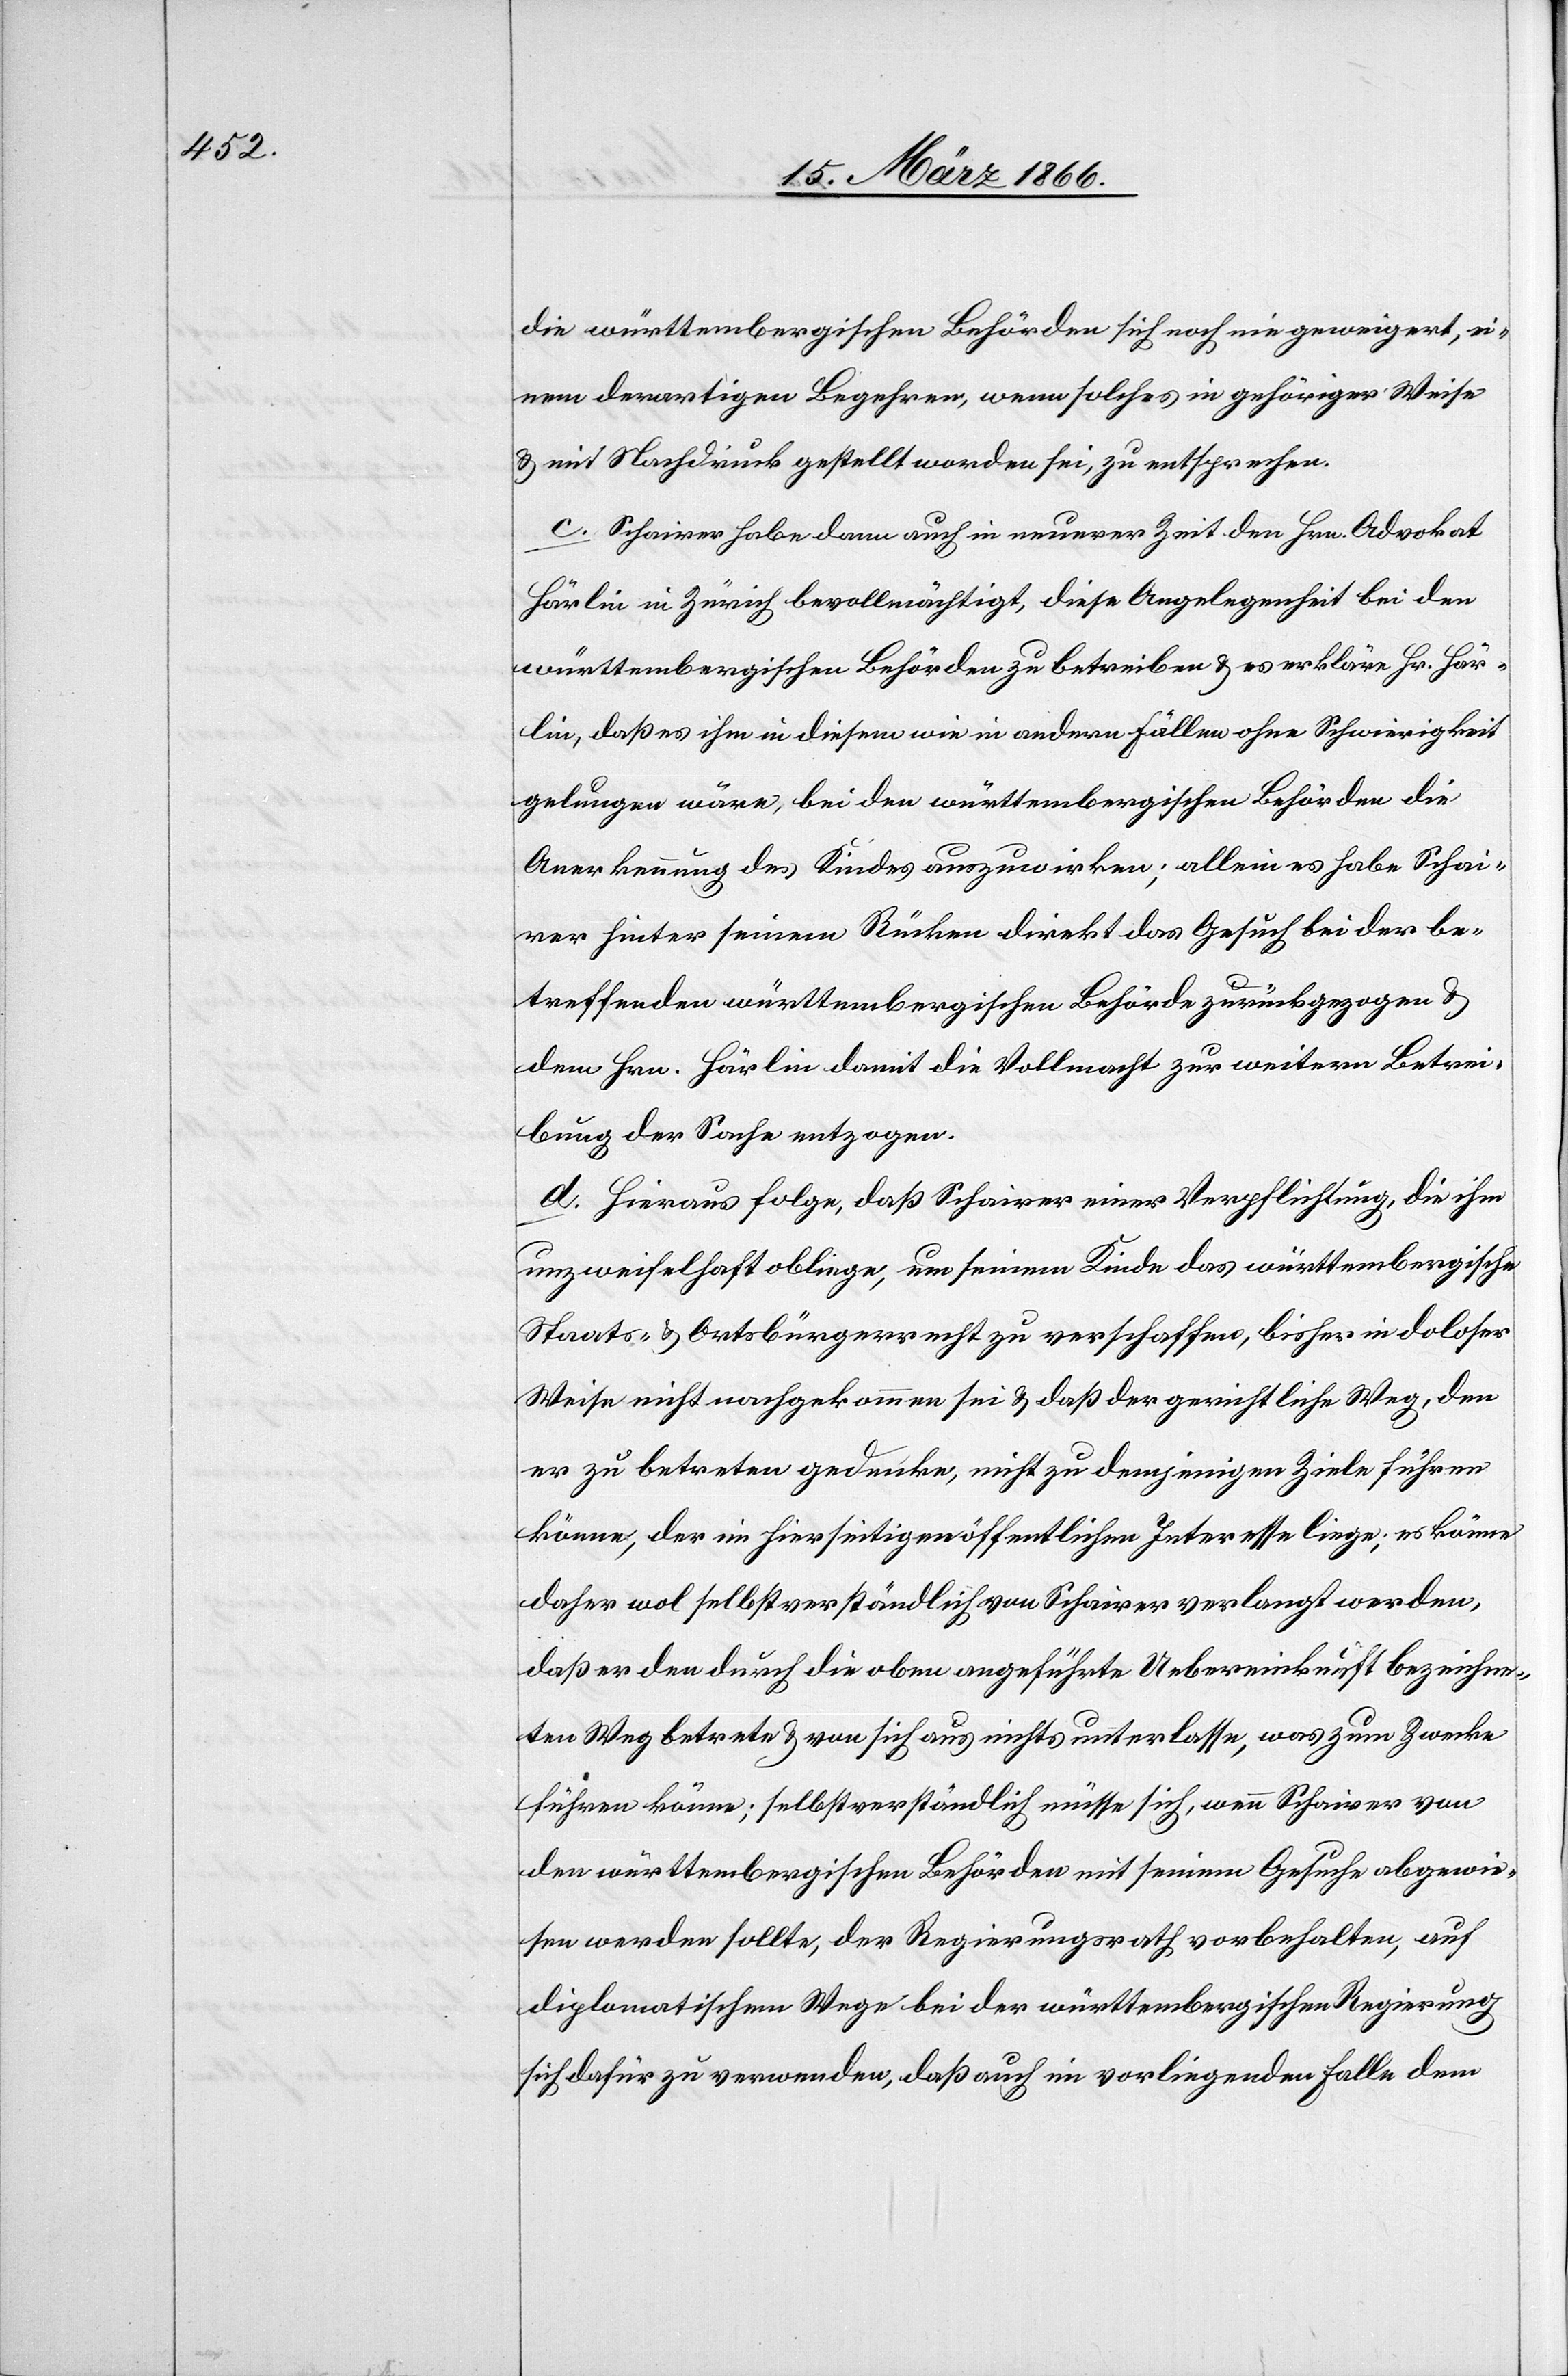
die württembergischen Behörden sich noch nie geweigert, ei¬
nem derartigen Begehren, wenn solches in gehöriger Weise
u. mit Nachdruck gestellt worden sei, zu entsprechen.
c. Schairer habe denn auch in neuerer Zeit den Hrn. Advokat
Härlin in Zürich bevollmächtigt, diese Angelegenheit bei den
württembergischen Behörden zu betreiben u. es erkläre Hr. Här¬
lin, daß es ihm in diesem wie in anderen Fällen ohne Schwierigkeit
gelungen wäre, bei den württembergischen Behörden die
Anerkennung des Kindes auszuwirken; allein es habe Schai¬
rer hinter seinem Rücken direkt das Gesuch bei der be¬
treffenden württembergischen Behörde zurückgezogen u.
dem Hrn. Härlin damit die Vollmacht zur weitern Betrei¬
bung der Sache entzogen.
d. Hieraus folge, daß Schairer einer Verpflichtung, die ihm
unzweifelhaft obliege, um seinem Kinde das württembergische
Staats- u. Ortsbürgerrecht zu verschaffen, bisher in doloser
Weise nicht nachgekommen sei u. daß der gerichtliche Weg, den
er zu betreten gedenke, nicht zu demjenigen Ziele führen
könne, der im hierseitigen öffentlichen Interesse liege; es könne
daher wol selbstverständlich von Schairer verlangt werden,
daß er den durch die oben angeführte Uebereinkunft bezeichne¬
ten Weg betrete u. von sich aus nichts unterlasse, was zum Zwecke
führen könne; selbstverständlich müsse sich, wenn Schairer von
den württembergischen Behörden mit seinem Gesuche abgewie¬
sen werden sollte, der Regierungsrath vorbehalten, auf
diplomatischem Wege bei der württembergischen Regierung
sich dafür zu verwenden, daß auch im vorliegenden Falle dem